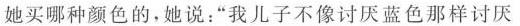
她买哪种颜色的，她说：”我儿子不像讨厌蓝色那样讨厌